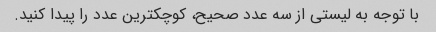
با توجه به لیستی از سه عدد صحیح، کوچکترین عدد را پیدا کنید.